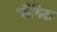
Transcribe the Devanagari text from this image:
चौगिदा